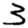
Digit: 3